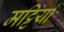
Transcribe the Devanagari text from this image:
मट्टियां